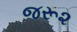
જરૂ૨